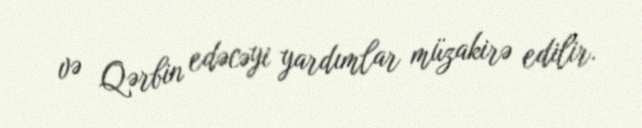
və Qərbin edəcəyi yardımlar müzakirə edilir.